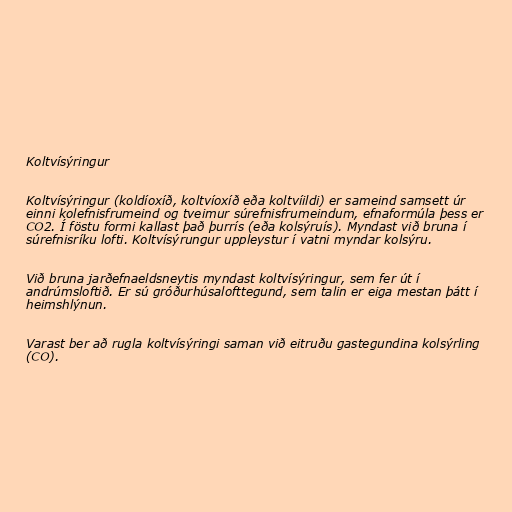
Koltvísýringur

Koltvísýringur (koldíoxíð, koltvíoxíð eða koltvíildi) er sameind samsett úr
einni kolefnisfrumeind og tveimur súrefnisfrumeindum, efnaformúla þess er
CO2. Í föstu formi kallast það þurrís (eða kolsýruís). Myndast við bruna í
súrefnisríku lofti. Koltvísýrungur uppleystur í vatni myndar kolsýru.

Við bruna jarðefnaeldsneytis myndast koltvísýringur, sem fer út í
andrúmsloftið. Er sú gróðurhúsalofttegund, sem talin er eiga mestan þátt í
heimshlýnun.

Varast ber að rugla koltvísýringi saman við eitruðu gastegundina kolsýrling
(CO).